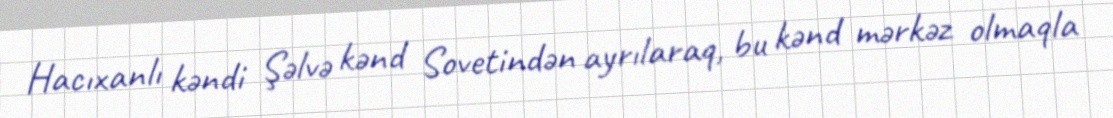
Hacıxanlı kəndi Şəlvə kənd Sovetindən ayrılaraq, bu kənd mərkəz olmaqla